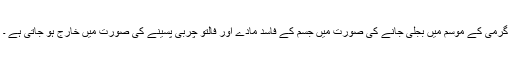
گرمی کے موسم میں بجلی جانے کی صورت میں جسم کے فاسد مادے اور فالتو چربی پسینے کی صورت میں خارج ہو جاتی ہے ۔